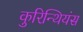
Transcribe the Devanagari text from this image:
कुरिन्थियंस